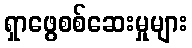
ရှာဖွေစစ်ဆေးမှုများ